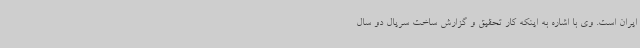
ایران است. وی با اشاره به اینکه کار تحقیق و گزارش ساخت سریال دو سال